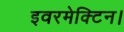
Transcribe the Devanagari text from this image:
इवरमेक्टिन।